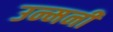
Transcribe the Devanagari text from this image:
उन्मनीं